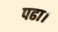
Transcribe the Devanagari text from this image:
पढा।